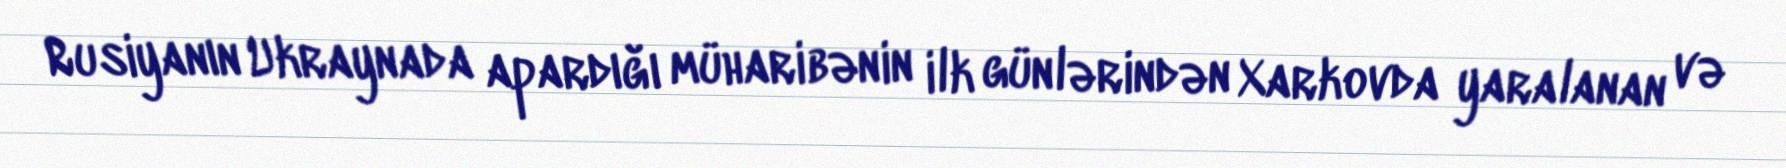
Rusiyanın Ukraynada apardığı müharibənin ilk günlərindən Xarkovda yaralanan və